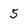
Character: 5